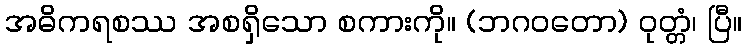
အဓိကရစဿ အစရှိသော စကားကို။ (ဘဂဝတော) ဝုတ္တံ၊ ပြီ။